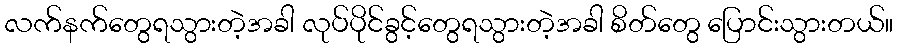
လက်နက်တွေရသွားတဲ့အခါ လုပ်ပိုင်ခွင့်တွေရသွားတဲ့အခါ စိတ်တွေ ပြောင်းသွားတယ်။